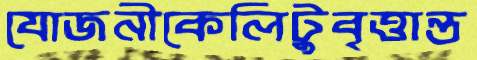
যোজনীকেলিটুবৃত্তান্ত